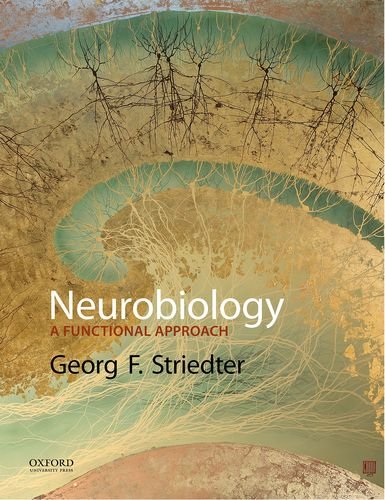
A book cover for Neurobiology: A Functional Approach; Georg F. Striedter; Science & Math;